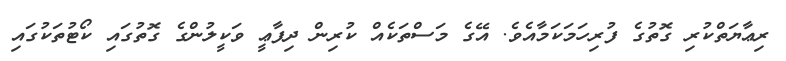
ރިޢާޔަތްކުރި ގޮތުގެ ފުރިހަމަކަމާއެވެ. އޭގެ މަސްތަކެއް ކުރިން ދިފާޢީ ވަކީލުންގެ ގޮތުގައި ކޯޓުތަކުގައި